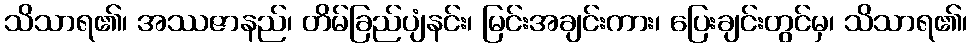
သိသာရ၏၊ အဿဇာနည်၊ တိမ်ခြည်ပျံနင်း၊ မြင်းအချင်းကား၊ ပြေးချင်းတွင်မှ၊ သိသာရ၏၊